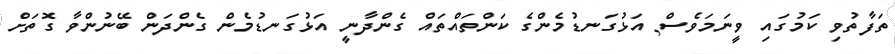
ތަފާތުވި ކަމުގައި ވީނަމަވެސް